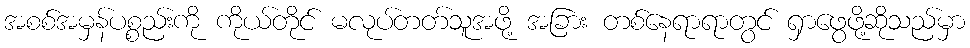
အစစ်အမှန်ပစ္စည်းကို ကိုယ်တိုင် မလုပ်တတ်သူအဖို့ အခြား တစ်နေရာရာတွင် ရှာဖွေဖို့ဆိုသည်မှာ